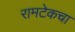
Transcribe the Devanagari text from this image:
रामटेकचा